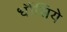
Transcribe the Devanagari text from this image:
धौंसिये